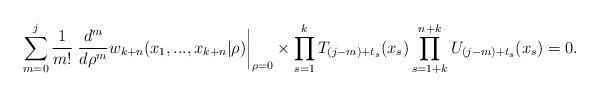
LaTeX: \begin{align*}\sum_{m=0}^{j}\frac{1}{m!}\left. \frac{d^{m}}{d\rho^{m}}w_{k+n}(x_{1},...,x_{k+n}|\rho)\right\vert _{\rho=0}\times\prod_{s=1}^{k}T_{(j-m)+t_{s}}(x_{s})\prod_{s=1+k}^{n+k}U_{(j-m)+t_{s}}(x_{s})=0.\end{align*}